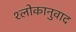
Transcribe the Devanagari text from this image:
श्‍लोकानुवाद